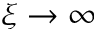
\xi \rightarrow \infty